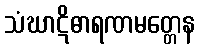
သံဃာဋိဓာရဏမတ္တေန